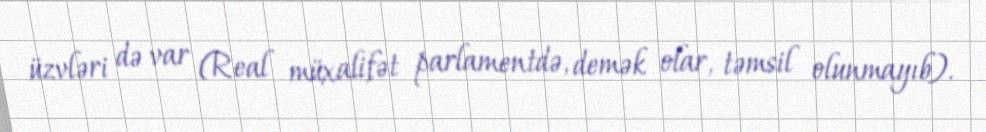
üzvləri də var (Real müxalifət parlamentdə, demək olar, təmsil olunmayıb).